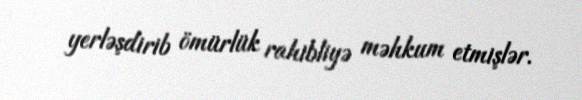
yerləşdirib ömürlük rahibliyə məhkum etmişlər.